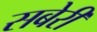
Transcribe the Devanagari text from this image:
सबेरी